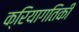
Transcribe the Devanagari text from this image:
क्रियागतिकी